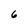
Character: 6